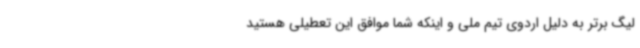
لیگ برتر به دلیل اردوی تیم ملی و اینکه شما موافق این تعطیلی هستید